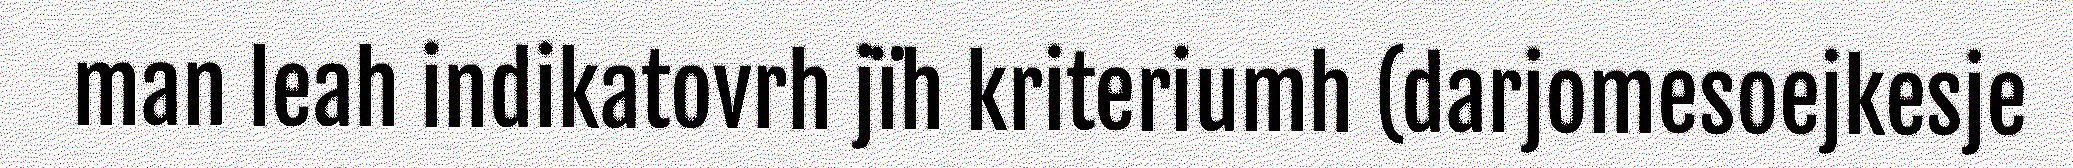
man leah indikatovrh jïh kriteriumh (darjomesoejkesje